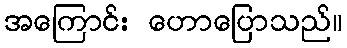
အကြောင်း ဟောပြောသည်။